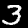
Digit: 3